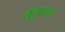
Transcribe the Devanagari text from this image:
तुलुच्या